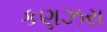
કણઝરા